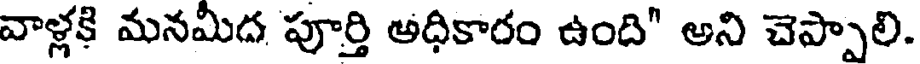
వాళ్లకి మనమీద పూర్తి అధికారం ఉంది" అని చెప్పాలి.